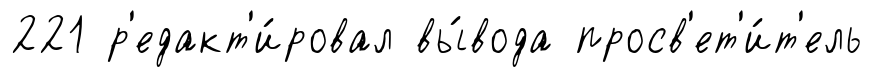
221 р'едакт'и́ровал вы́вода просв'ет'и́т'ель